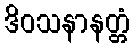
ဒိဝသနာနတ္တံ